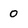
Character: 0